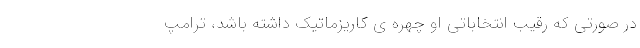
در صورتی که رقیب انتخاباتی او چهره ی کاریزماتیک داشته باشد، ترامپ